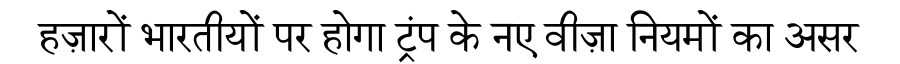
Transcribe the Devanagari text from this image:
हज़ारों भारतीयों पर होगा ट्रंप के नए वीज़ा नियमों का असर